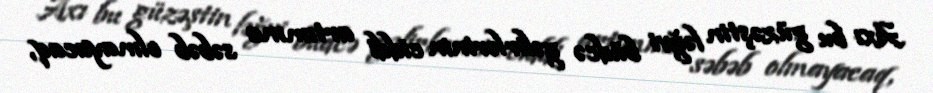
Axı bu güzəştin ləğvi büdcə gəlirlərinin ciddi artımına səbəb olmayacaq,